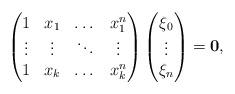
LaTeX: \begin{align*}\begin{pmatrix}1 & x_1 & \dots & x_1^{n} \\\vdots & \vdots & \ddots & \vdots \\1 & x_k & \dots & x_k^{n} \\\end{pmatrix}\begin{pmatrix}\xi_0\\\vdots\\\xi_n\end{pmatrix}=\mathbf{0},\end{align*}